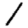
Digit: 1